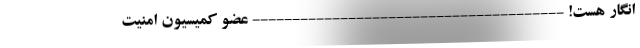
انگار هست! --------------------------------------- عضو کمیسیون امنیت